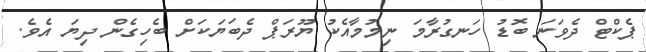
ޕެކްޓް ދެވަނަ ބޮޑު ހަނގުރާމަ ނިމުމާއެކު ޔޫރަޕް ދެބަޔަކަށް ބެހިގެން ދިޔަ އެވެ.